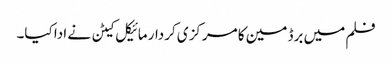
فلم میں برڈ مین کا مرکزی کردار مائیکل کیٹن نے ادا کیا۔